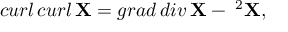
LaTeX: c u r l \, c u r l \, { \bf X } = g r a d \, d i v \, { \bf X } - { \bf \nabla } ^ { 2 } { \bf X } ,